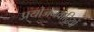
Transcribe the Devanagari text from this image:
प्रयोजनवादियों